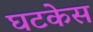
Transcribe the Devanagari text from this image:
घटकेस